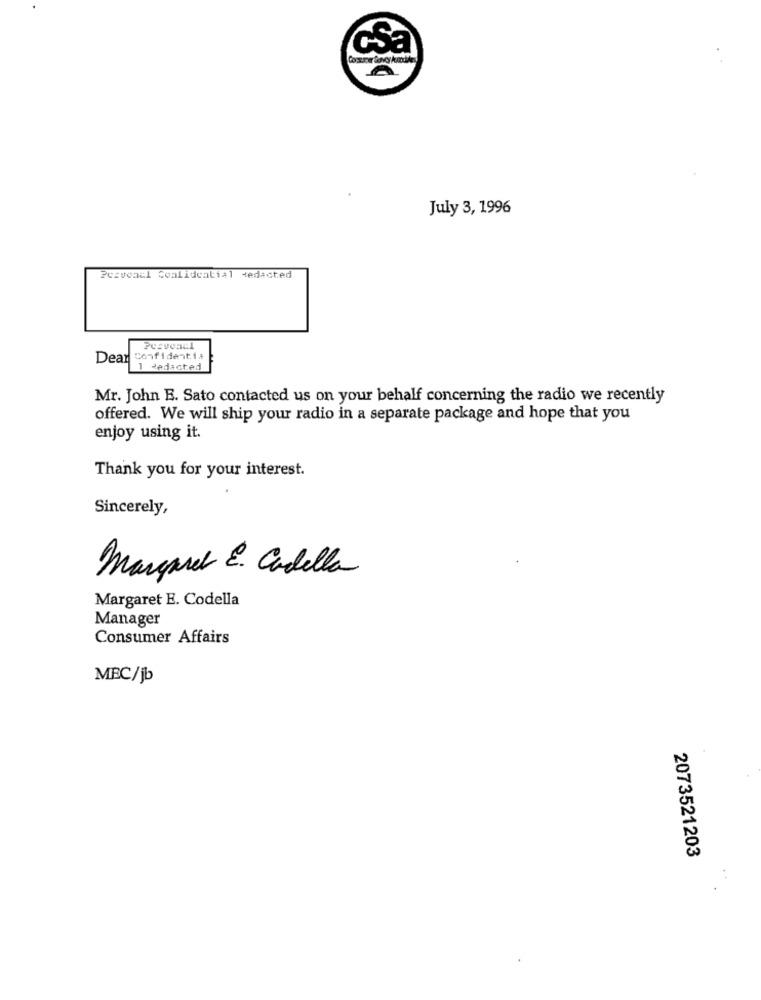
csa
A
July 3, 1996
Pesvonal Confidential redacted
Dear
Dear Confidenti,
1 Redacted
Mr. John E. Sato contacted us on your behalf concerning the radio we recently
offered. We will ship your radio in a separate package and hope that you
enjoy using it.
Thank you for your interest.
Sincerely,
Margaret E . Cadella
Margaret E. Codella
Manager
Consumer Affairs
MBC/jb
2073521203